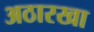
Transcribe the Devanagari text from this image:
अठारखा